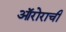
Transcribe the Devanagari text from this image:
ऑरोराची